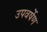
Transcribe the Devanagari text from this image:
उपवर्षेण